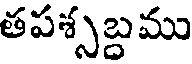
తపశ్సబ్దము